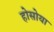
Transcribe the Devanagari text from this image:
होसोया